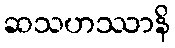
ဆသဟဿာနိ